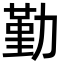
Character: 勤